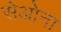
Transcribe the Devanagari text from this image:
सेओना